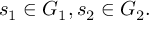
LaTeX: s _ { 1 } \in G _ { 1 } , s _ { 2 } \in G _ { 2 } .